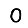
Digit: 0